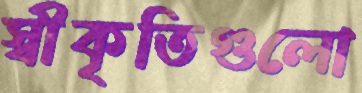
স্বীকৃতিগুলো